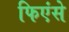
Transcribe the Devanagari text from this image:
फिएंसे